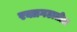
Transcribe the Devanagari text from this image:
रक्तगटातील